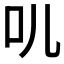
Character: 䶷